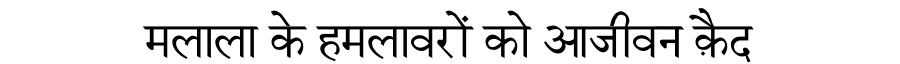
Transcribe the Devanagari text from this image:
मलाला के हमलावरों को आजीवन क़ैद